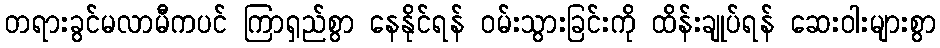
တရားခွင်မလာမီကပင် ကြာရှည်စွာ နေနိုင်ရန် ဝမ်းသွားခြင်းကို ထိန်းချုပ်ရန် ဆေးဝါးများစွာ